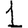
Digit: 1